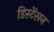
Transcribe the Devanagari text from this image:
डिस्टेंसन